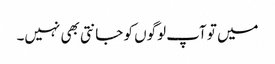
میں تو آپ لوگوں کو جانتی بھی نہیں۔